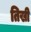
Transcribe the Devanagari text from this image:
तिखी